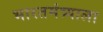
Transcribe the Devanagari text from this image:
भारतमंत्र्याला